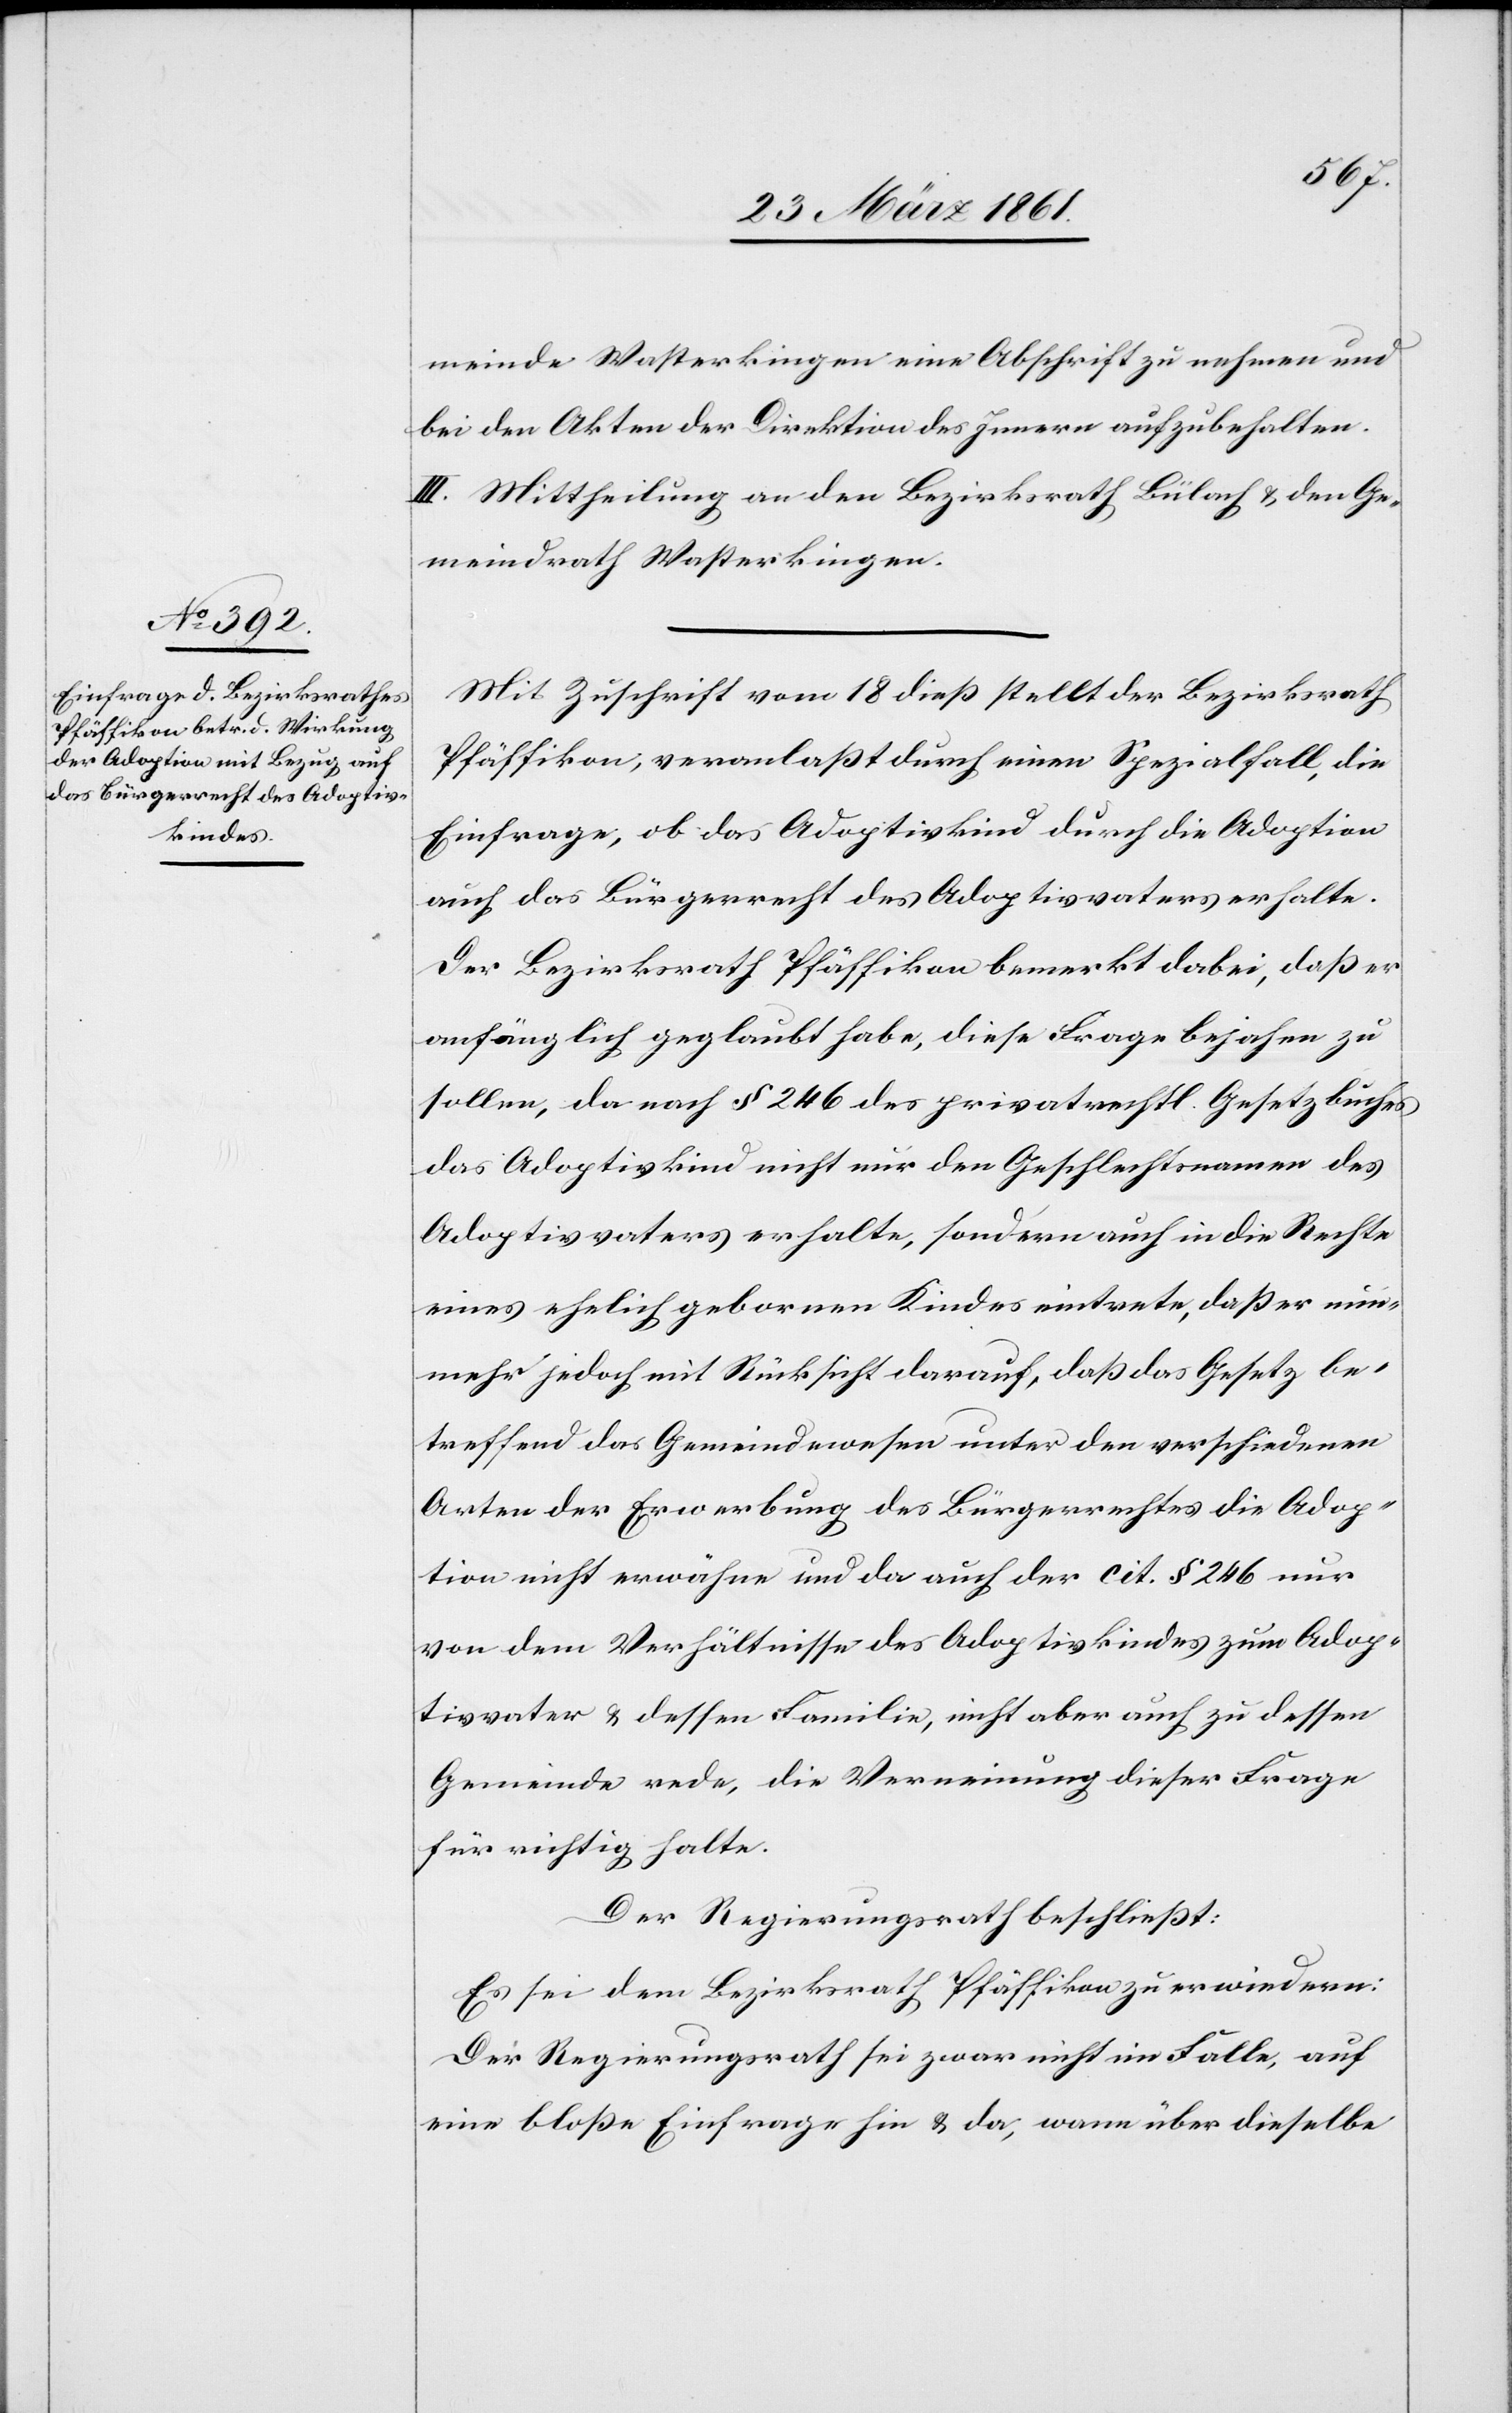
meinde Wasterkingen eine Abschrift zu nehmen und
bei den Akten der Direktion des Innern aufzubehalten.
III. Mittheilung an den Bezirksrath Bülach u. den Ge¬
meindrath Wasterkingen.
Mit Zuschrift vom 18. dieß stellt der Bezirksrath
Pfäffikon, veranlaßt durch einen Spezialfall, die
Einfrage, ob das Adoptivkind durch die Adoption
auch das Bürgerrecht des Adoptivvaters erhalte.
Der Bezirksrath Pfäffikon bemerkt dabei, daß er
anfänglich geglaubt habe, diese Frage bejahen zu
sollen, da nach § 246 des privatrechtl. Gesetzbuches
das Adoptivkind nicht nur den Geschlechtsnamen des
Adoptivvaters erhalte, sondern auch in die Rechte
eines ehelich gebornen Kindes eintrete, daß er nun¬
mehr jedoch mit Rücksicht darauf, daß das Gesuch be¬
treffend das Gemeindwesen unter den verschiedenen
Arten der Erwerbung des Bürgerrechtes die Adop¬
tion nicht erwähne und da auch der cit. § 246 nur
von dem Verhältnisse des Adoptivkindes zum Adop¬
tivvater u. dessen Familie, nicht aber auch zu dessen
Gemeinde rede, die Verneinung dieser Frage
für richtig halte.
Der Regierungsrath beschließt:
Es sei dem Bezirksrath Pfäffikon zu erwiedern:
Der Regierungsrath sei zwar nicht im Falle, auf
eine bloße Einfrage hin u. da, wann über dieselbe